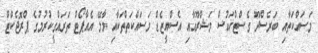
މަސައްކަތާއި ބަރެސްދޫ ގެސްޓްހައުސް މަޝްރޫއާއި އެސްއީޒެޑް މަސައްކަތްތަކާއި މާލޭ އެއާޕޯޓް ތަރައްގީކުރުމުގެ ޕްރޮޖެކްޓް